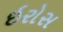
ઇરોસ